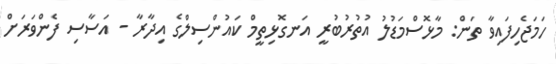
ހަމަޖެހިފައިވާ ތަން: މާޅޮސްމަޑުލު އުތުރުބުރީ އަނގޮޅިތީމް ކައުންސިލްގެ އިދާރާ - އަސާސި ފެންވަރަށް